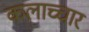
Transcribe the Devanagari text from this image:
कलाच्चार